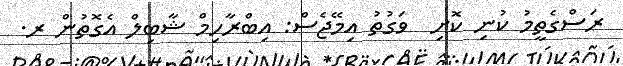
ރަސްގެތީމު ކުނި ކޮށި  ވަގުތު އިމޭޖެސް: އިބްރާހިމް ޝާބިލް އެގޮތުން ރ.